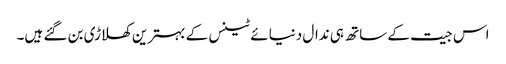
اس جیت کے ساتھ ہی ندال دنیائے ٹینس کے بہترین کھلاڑی بن گئے ہیں۔